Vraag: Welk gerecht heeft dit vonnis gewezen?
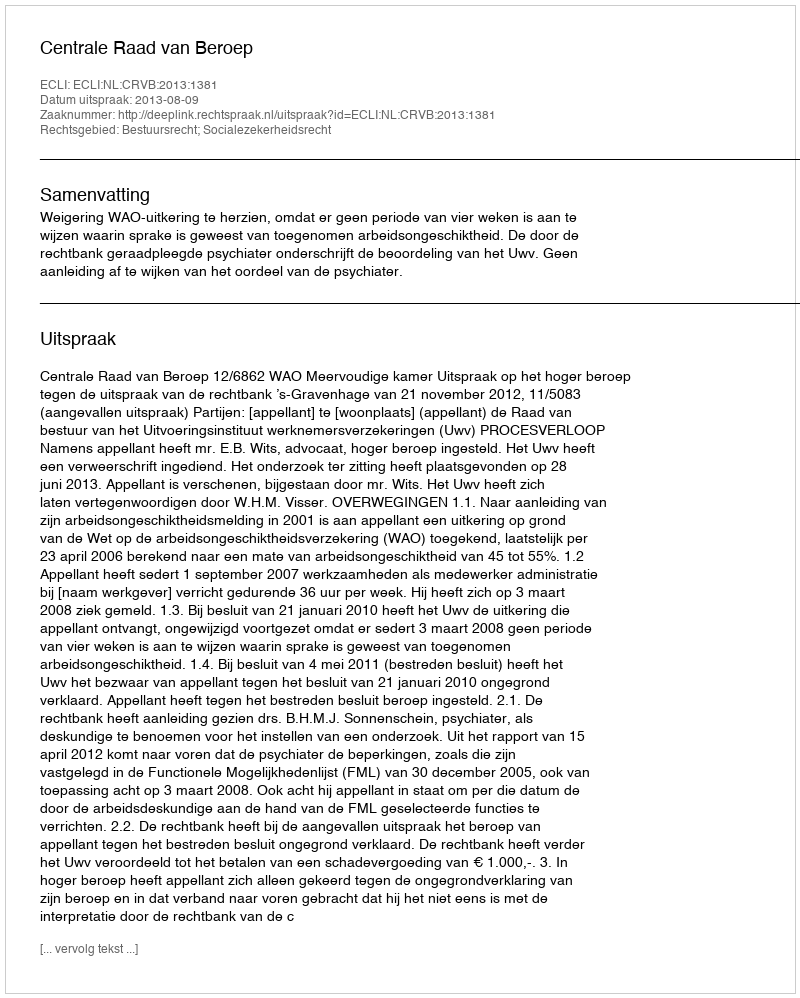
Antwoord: Centrale Raad van Beroep